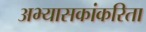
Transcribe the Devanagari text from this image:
अभ्यासकांकरिता